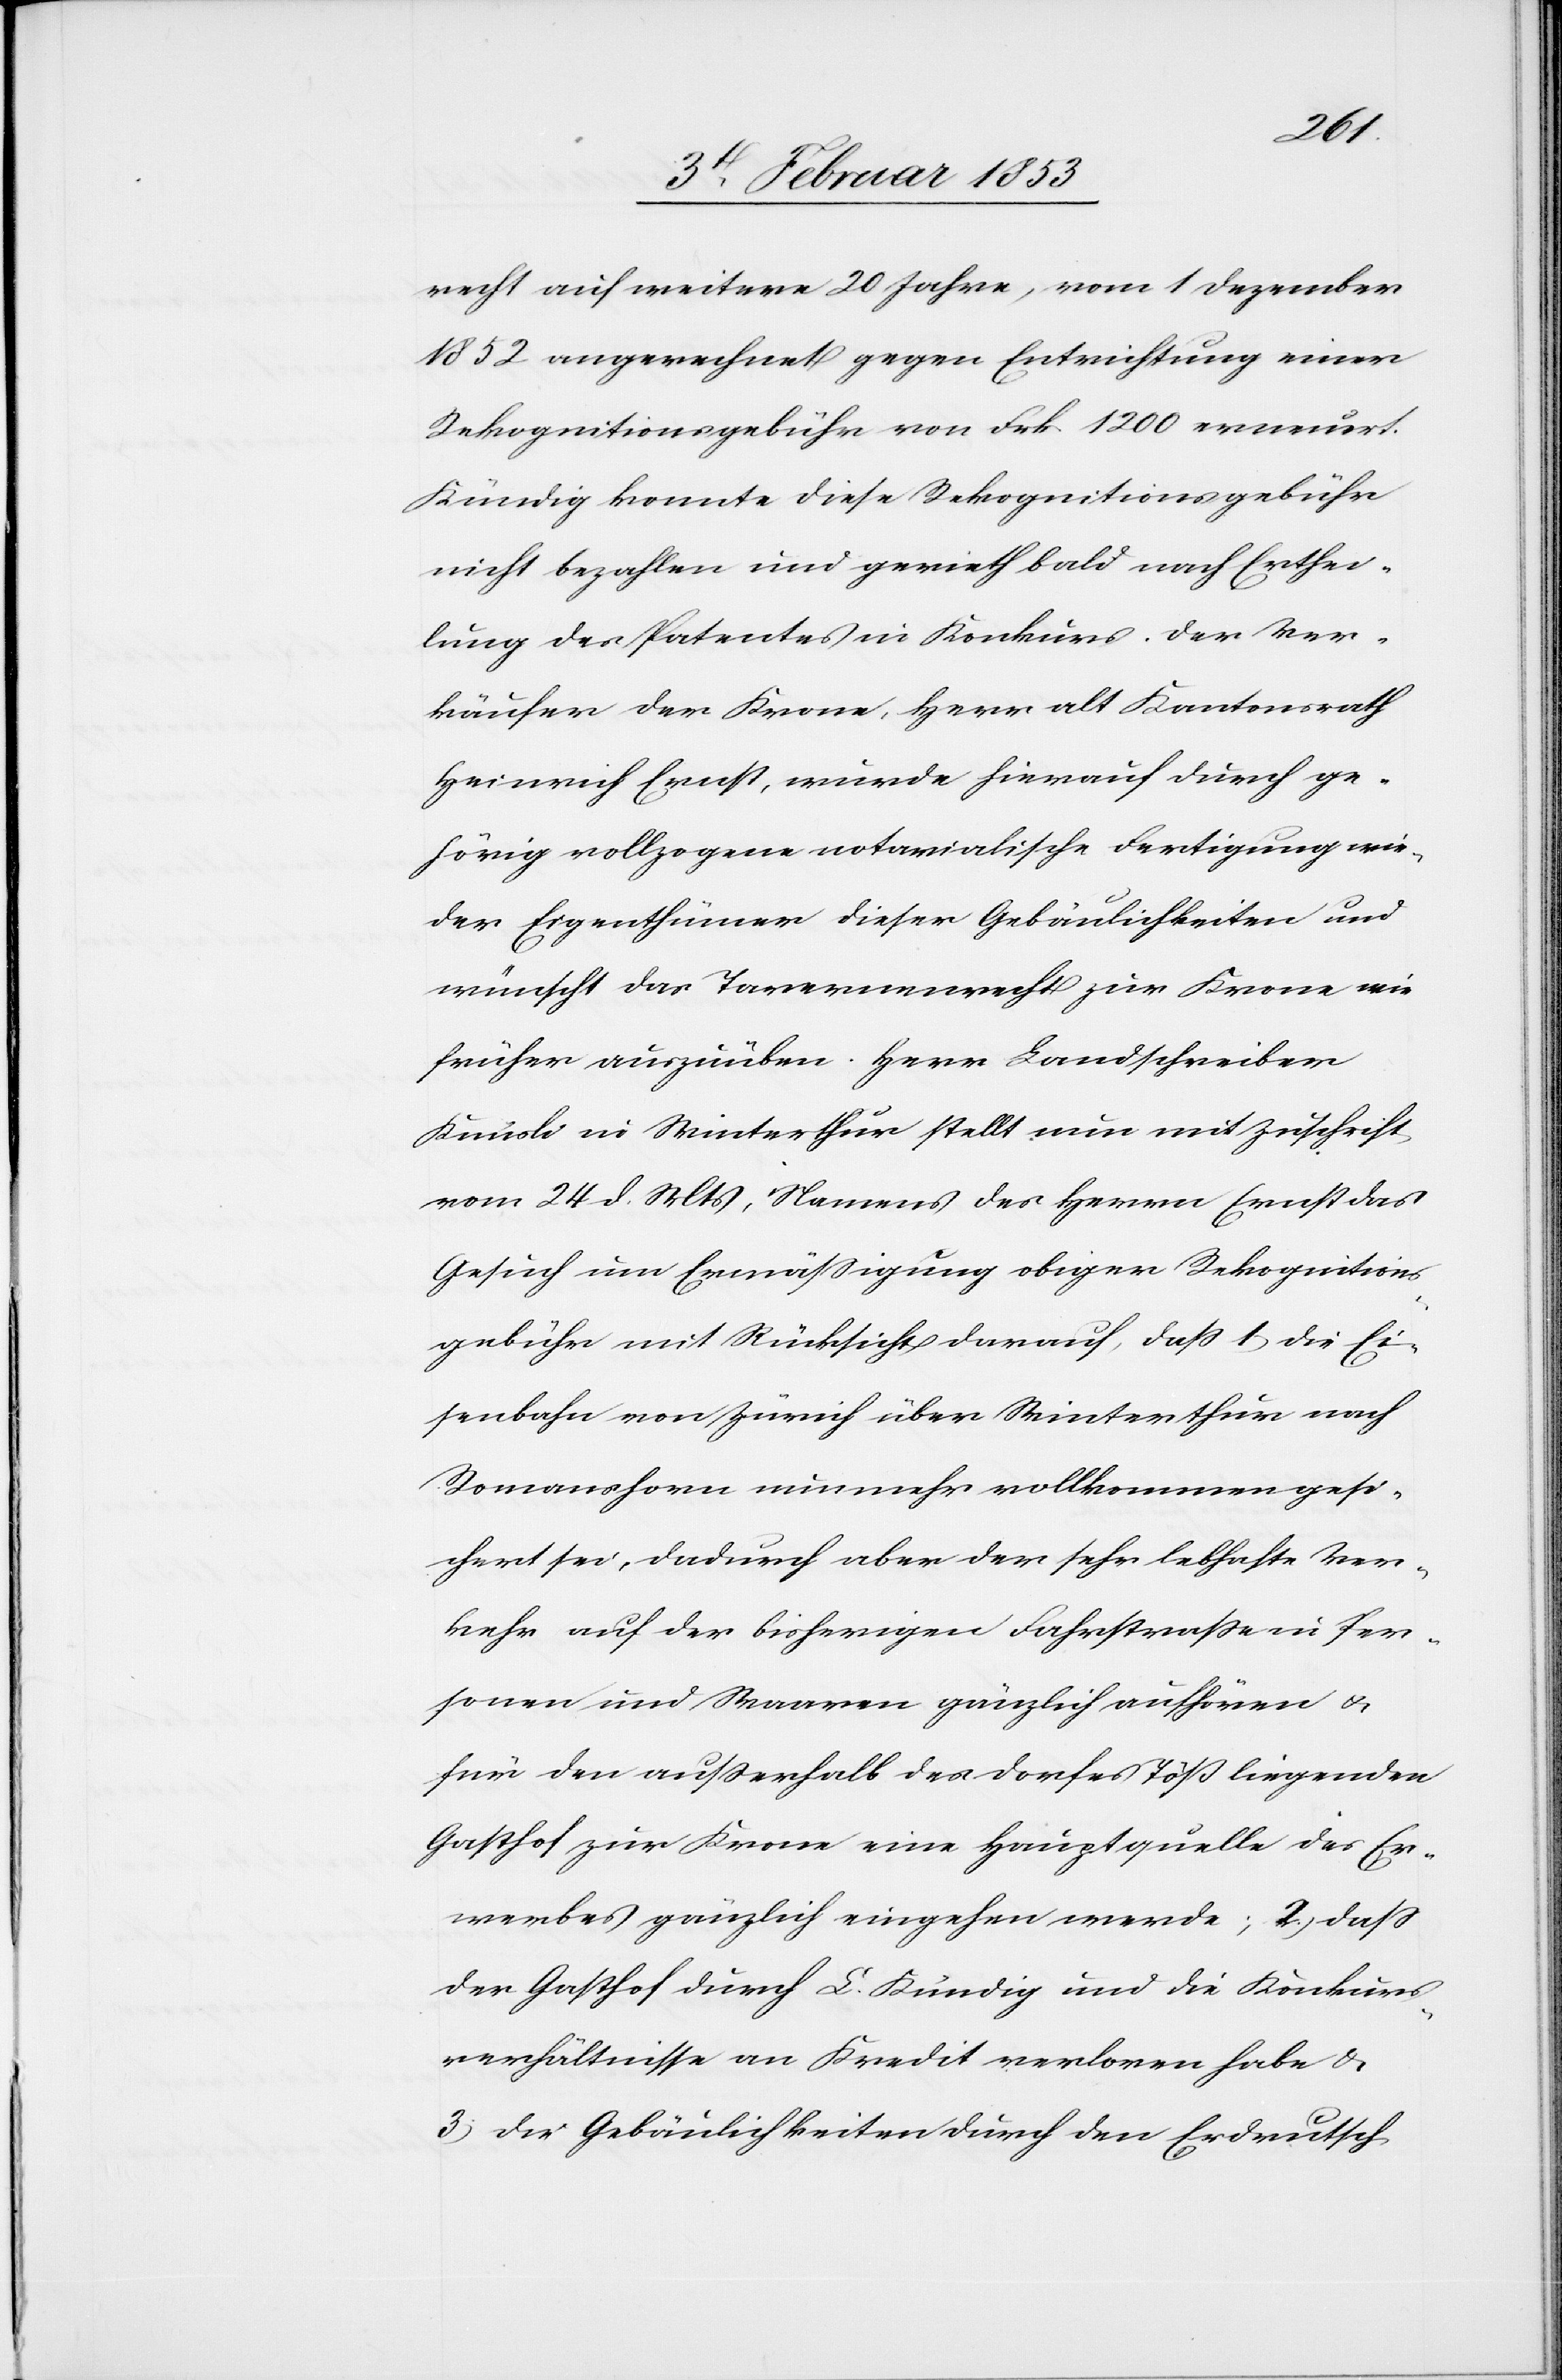
recht auf weitere 20 Jahre, vom 1 Dezember
1852 angerechnet gegen Entrichtung einer
Rekognitionsgebühr von Frk 1200 erneuert.
Kündig konnte diese Rekognitionsgebühr
nicht bezahlen und gerieth bald nach Erthei¬
lung des Patentes in Konkurs. Der Ver¬
käufer der Krone, Herr alt Kantonsrath
Heinrich Ernst, wurde hierauf durch ge¬
hörig vollzogene notarialische Fertigung wie¬
der Eigenthümer dieser Gebäulichkeiten und
wünscht das Tavernenrecht zur Krone wie
früher auszuüben. Herr Landschreiber
Knüsli in Winterthur stellt nun mit Zuschrift
vom 24 d. Mts, Namens des Herrn Ernst das
Gesuch um Ermäßigung obiger Rekognitions¬
gebühr mit Rücksicht darauf, daß 1, die Ei¬
senbahn von Zürich über Winterthur nach
Romanshorn nunmehr vollkommen gesi¬
chert sei, dadurch aber der sehr lebhafte Ver¬
kehr auf der bisherigen Fahrstraße in Per¬
sonen und Waaren gänzlich aufhören u.
für den außerhalb des Dorfes Töß liegenden
Gasthof zur Krone eine Hauptquelle des Er¬
werbes gänzlich eingehen werde; 2, daß
der Gasthof durch L. Kündig und die Konkurs¬
verhältnisse an Kredit verloren habe u.
3, die Gebäulichkeiten durch den Erdrutsch